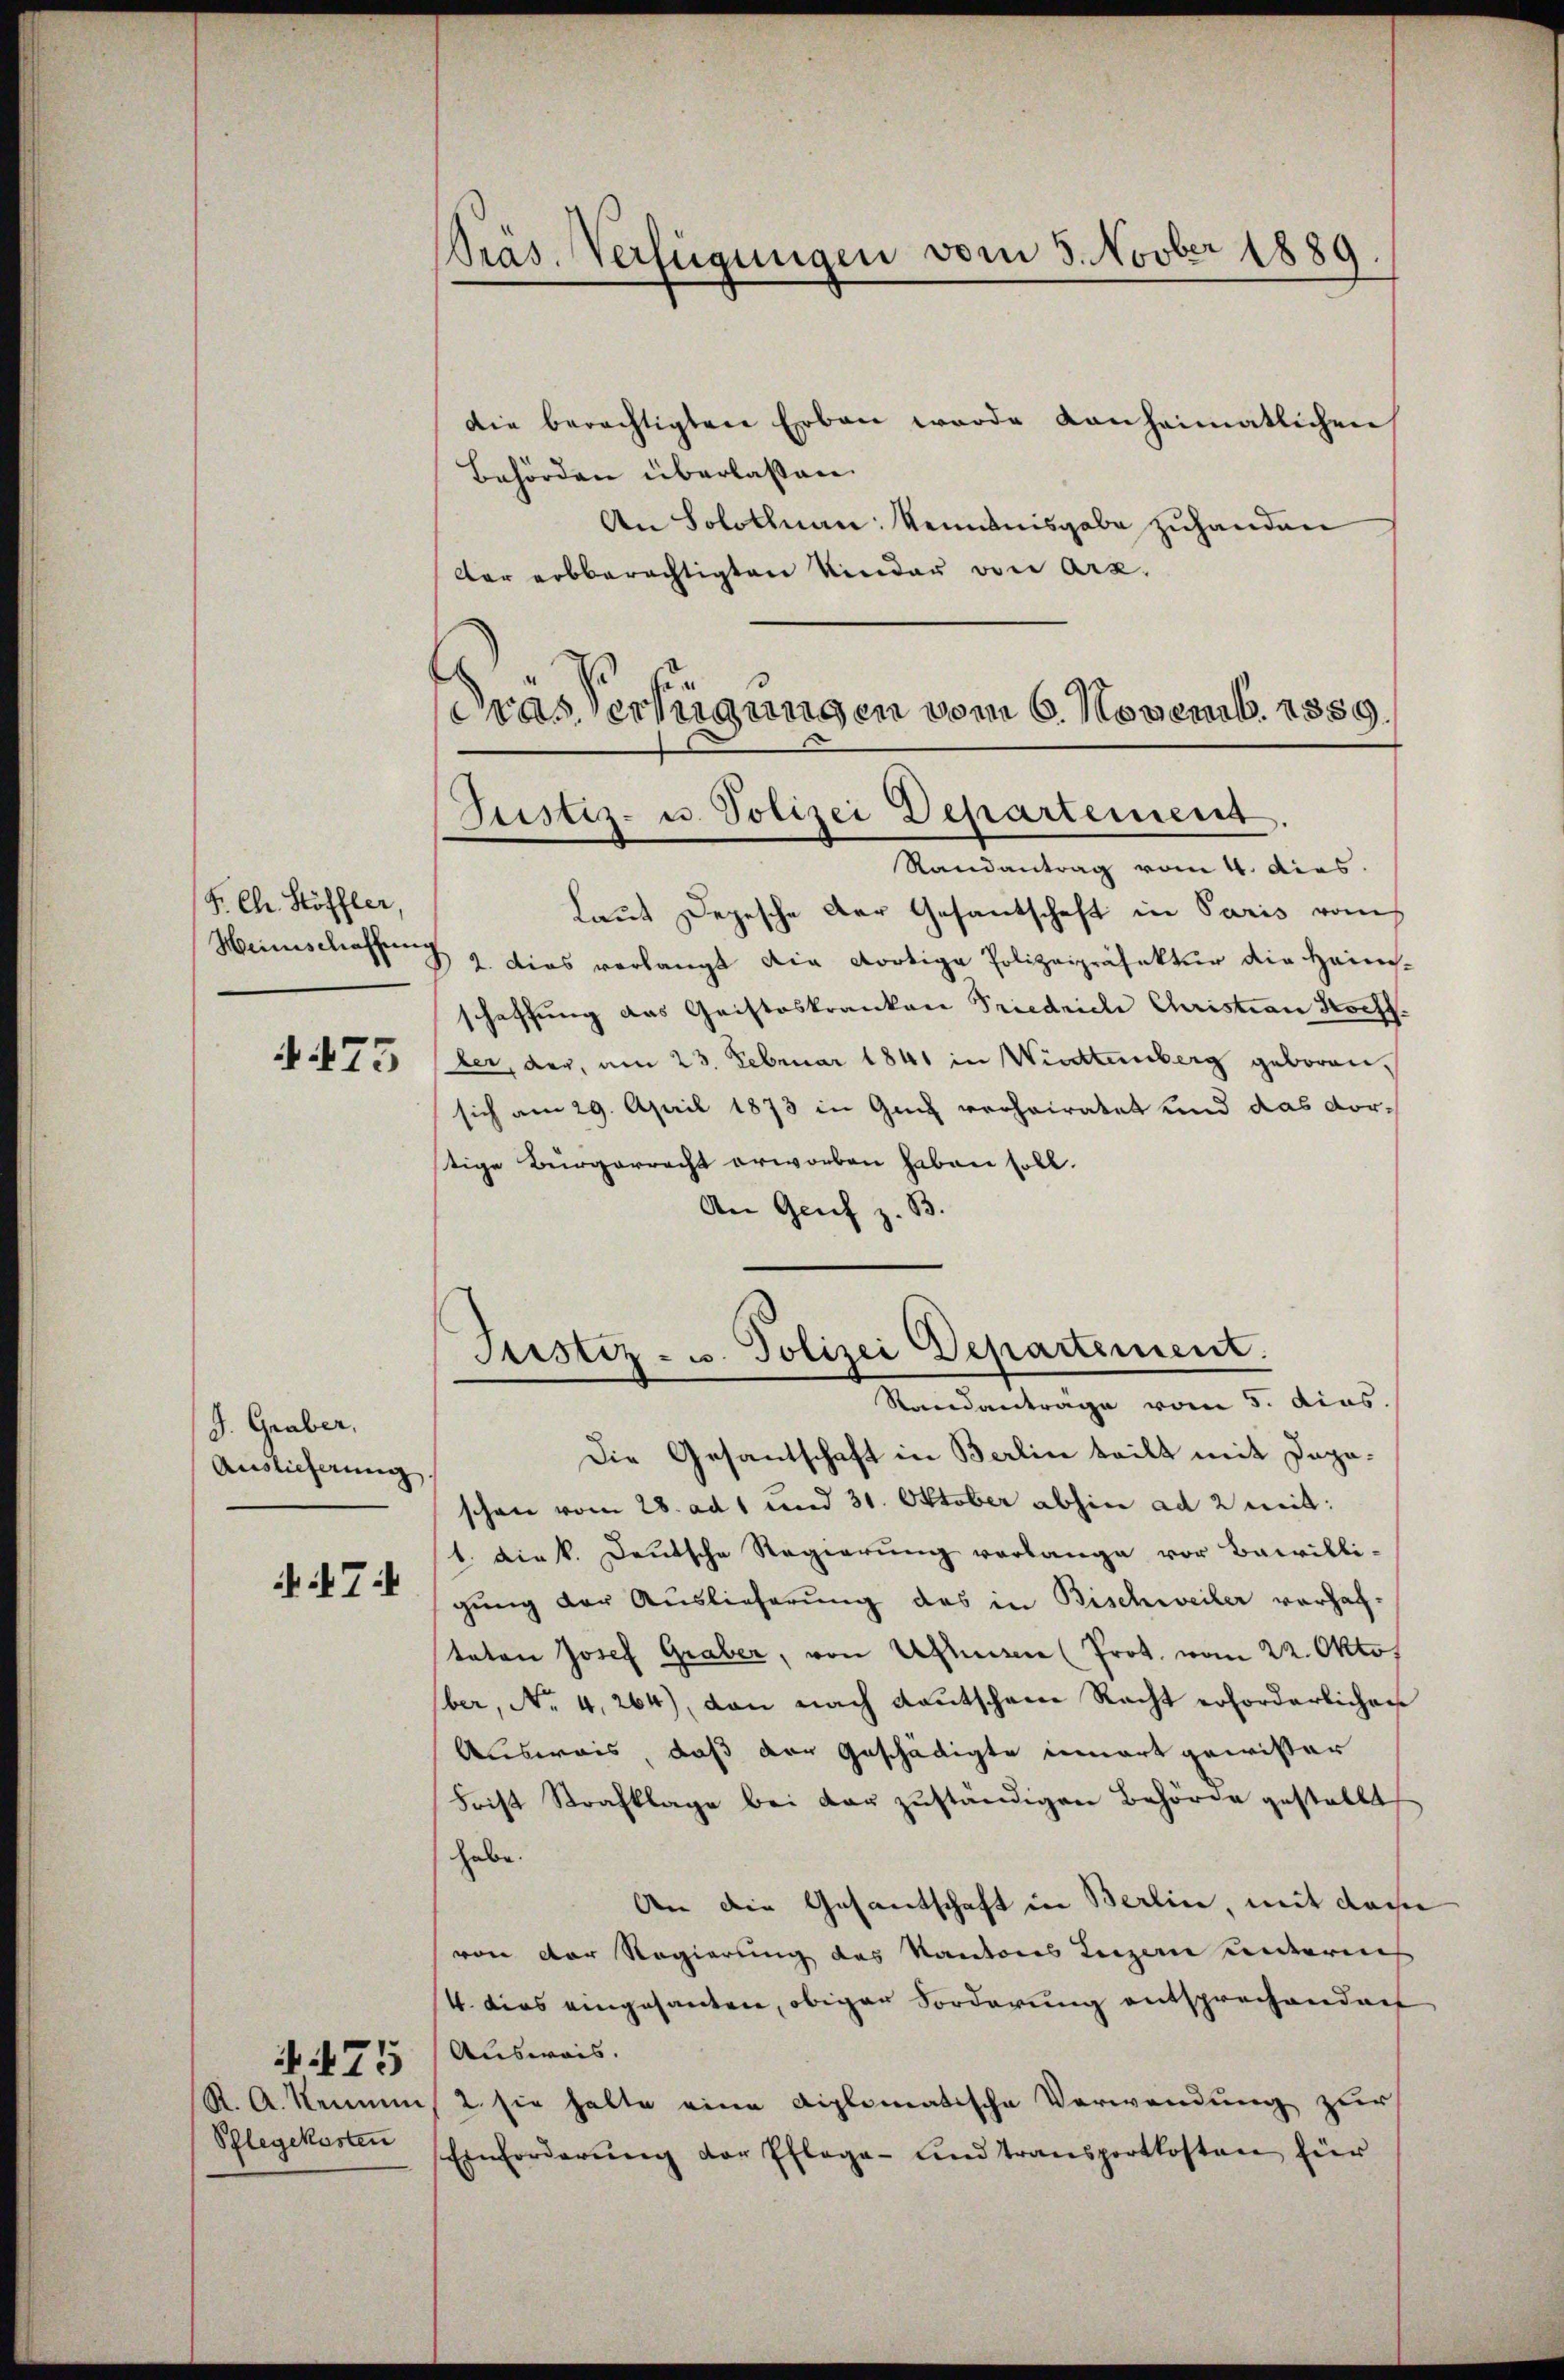
F. Chr. Höffler,

475

J. Graber,
Auslieferung

74

Schlegekosten

475

Präs. Verfügungen vom 3. Novber 1889.

Die Gesantschaft in Berlin teilt mit Dapaschon vom 28. ad 1 und 31. Oktober abhin ad 2 mit:
1. die k. Deutsche Regierŭng verlange vor Bewilli-
gung der Auslieferung des in Bischweiler verhaftaten Josef Graber, von Allesen (Prot. vom 22. Okto
ber, No 4,264), von nach Lautscheine Recht erforderlichen
Ausweis, daß der Geschädigte innert gewisser
Frist Strafklage bei der zŭständigen Behörde gestellt
habe.
An die Gesantschaft in Berlin, mit das
von der Regierung des Kantons Luzern unternes
4. dies eingesanten, obiger Forderung entsprechenden
Ausweis.
R. A. Kennens 2. sie halte eine diplomatische Verwendung zur
Einforderŭng der Pflege- und Transportkosten für

die berechtigten Erben wurde anheimatlichen
Behörden überlaßen.
An Solothnau: Kenntnisgabe zuhanden
der erbberechtigten Kinder von Arz.
Randantrag vom 4. dies.
Laut Depesche der Gesantschaft in Paris vom
Heimschaften § 2. dies verlangt die dortige Polizeipräsektur die Heinschaffung das Gristeskranken Friedrich Christian Besch.
der, der, am 23. Februar 1841 in Wiedtenberg geboren,
sich am 29. April 1873 in Gunz verheiratet und das vortige Bürgerrecht erworben haben soll.
An Genf z. B.

Dras Verfügungen vom 6. Novemb. 1859.
Justiz- u. Polizei Departement.

Justiz- u. Polizei Departement.
Standanträge vom 5. dies.